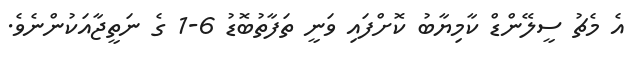
އެ މެޗު ސީލޭންޑް ކާމިޔާބު ކޮށްފައި ވަނީ ތަފާތުބޮޑު 6-1 ގެ ނަތީޖާއަކުންނެވެ.